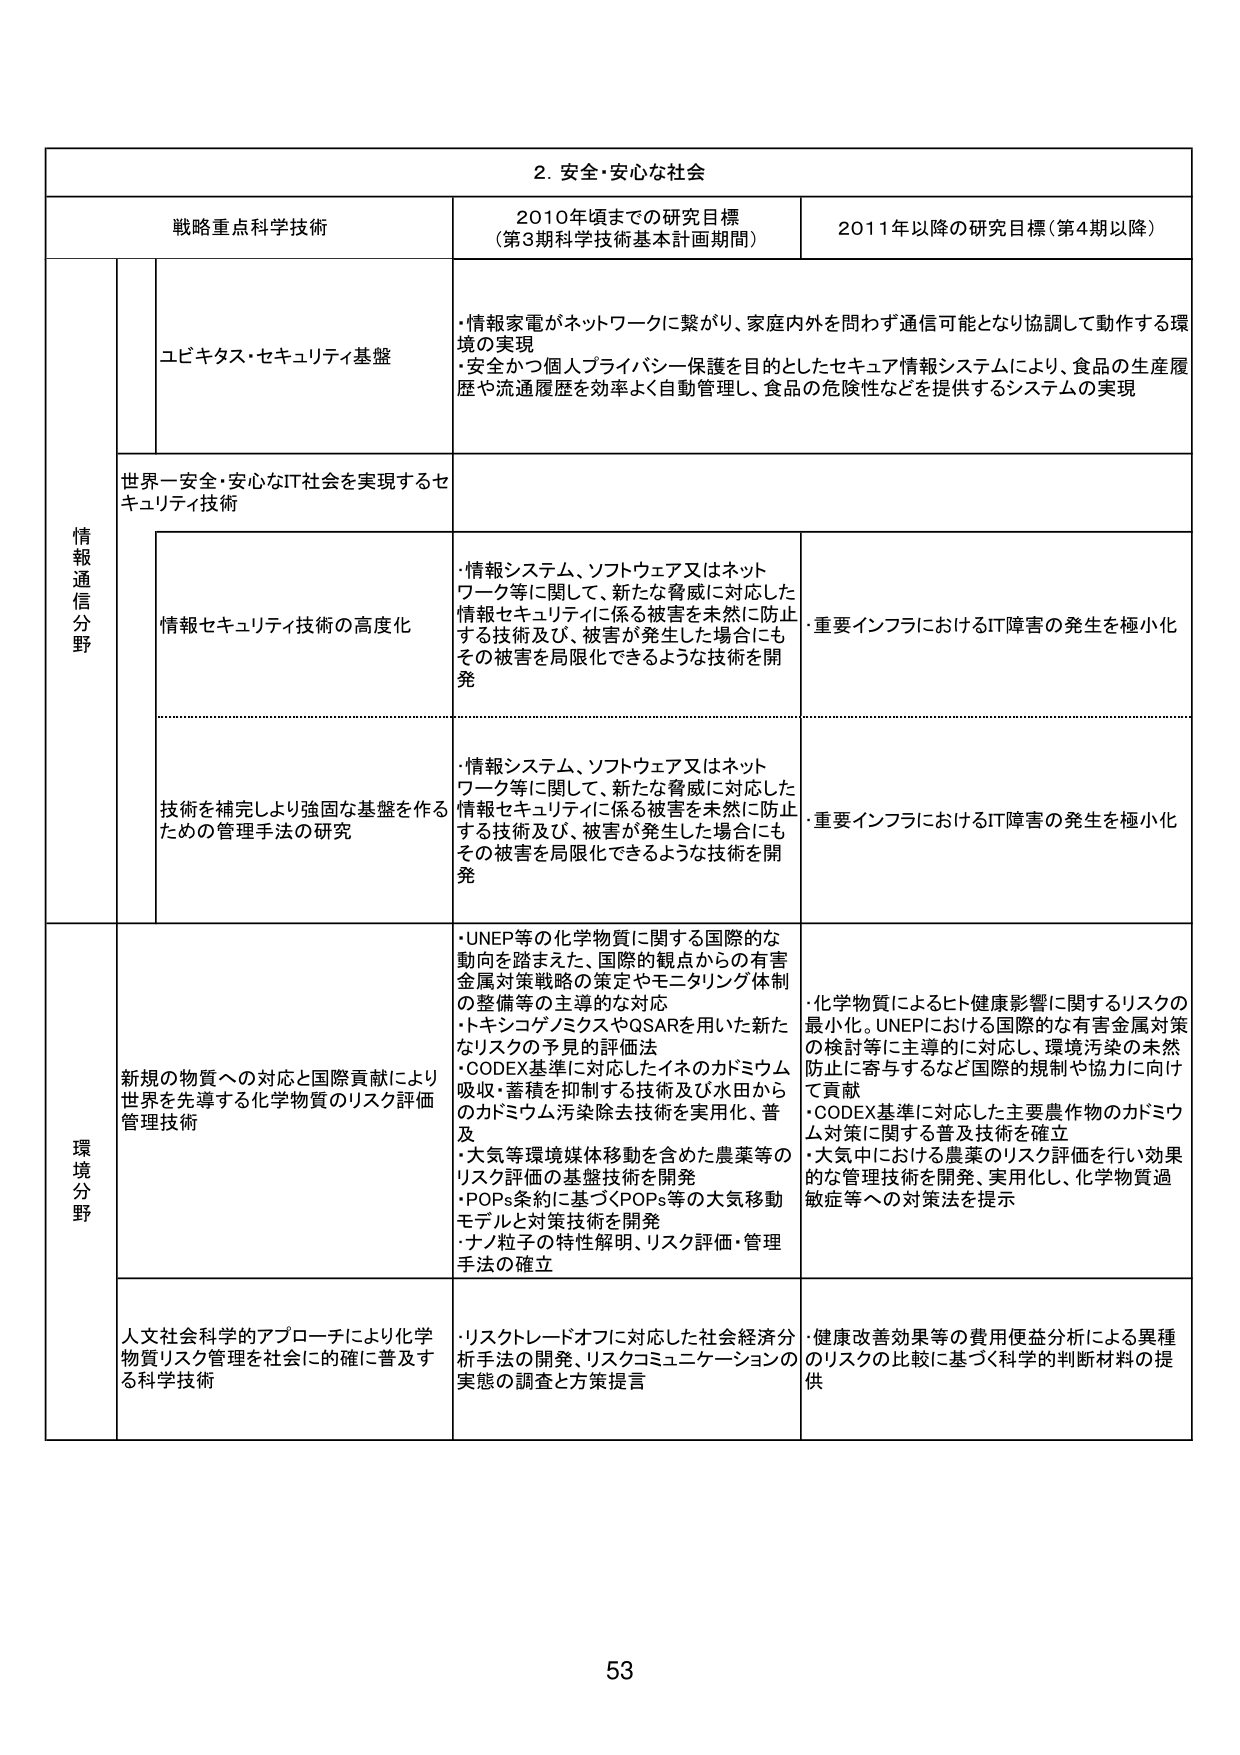
2. 安全・安心な社会

戦略重点科学技術 2010年頃までの研究目標 （第3期科学技術基本計画期間） 2011年以降の研究目標（第4期以降）

情報通信分野

ユビキタス・セキュリティ基盤
・情報家電がネットワークに繋がり、家庭内外を問わず通信可能となり協調して動作する環境の実現
・安全かつ個人プライバシー保護を目的としたセキュア情報システムにより、食品の生産履歴や流通履歴を効率よく自動管理し、食品の危険性などを提供するシステムの実現

世界一安全・安心なIT社会を実現するセキュリティ技術

情報セキュリティ技術の高度化
・情報システム、ソフトウェア又はネットワーク等に関して、新たな脅威に対応した情報セキュリティに係る被害を未然に防止する技術及び、被害が発生した場合にもその被害を局限化できるような技術を開発
・重要インフラにおけるIT障害の発生を極小化

技術を補完しより強固な基盤を作るための管理手法の研究
・情報システム、ソフトウェア又はネットワーク等に関して、新たな脅威に対応した情報セキュリティに係る被害を未然に防止する技術及び、被害が発生した場合にもその被害を局限化できるような技術を開発
・重要インフラにおけるIT障害の発生を極小化

環境分野

新規の物質への対応と国際貢献により世界を先導する化学物質のリスク評価管理技術
・UNEP等の化学物質に関する国際的な動向を踏まえた、国際的観点からの有害金属対策戦略の策定やモニタリング体制の整備等の主導的な対応
・トキシコゲノミクスやQSARを用いた新たなリスクの予見的評価法
・CODEX基準に対応したイネのカドミウム吸収・蓄積を抑制する技術及び水田からのカドミウム汚染除去技術を実用化、普及
・大気等環境媒体移動を含めた農薬等のリスク評価の基盤技術を開発
・POPs条約に基づくPOPs等の大気移動モデルと対策技術を開発
・ナノ粒子の特性解明、リスク評価・管理手法の確立
・化学物質によるヒト健康影響に関するリスクの最小化。UNEPにおける国際的な有害金属対策の検討等に主導的に対応し、環境汚染の未然防止に寄与するなど国際的規制や協力に向けて貢献
・CODEX基準に対応した主要農作物のカドミウム対策に関する普及技術を確立
・大気中における農薬のリスク評価を行い効果的な管理技術を開発、実用化し、化学物質過敏症等への対策法を提示

人文社会科学的アプローチにより化学物質リスク管理を社会に的確に普及する科学技術
・リスクトレードオフに対応した社会経済分析手法の開発、リスクコミュニケーションの実態の調査と方策提言
・健康改善効果等の費用便益分析による異種のリスクの比較に基づく科学的判断材料の提供

53